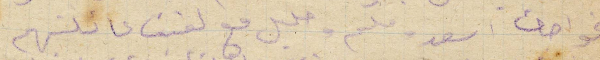
الخواجه اسعد وملحم وخليل مع لفيف عائلتهم